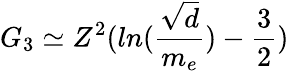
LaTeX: G_{3}\simeq Z^{2}(ln(\frac{\sqrt{d}}{m_{e}})-\frac{3}{2})